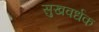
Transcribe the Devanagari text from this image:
सुखवर्धक